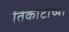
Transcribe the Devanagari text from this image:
तिकीटांच्या